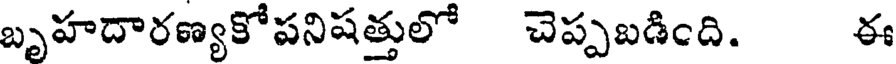
బృహదారణ్యకోపనిషత్తులో చెప్పబడింది. ఈ